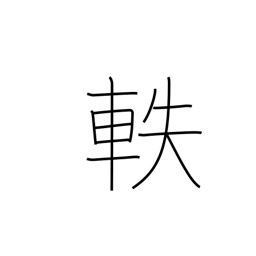
Meaning: pass along